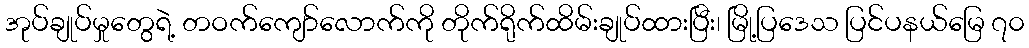
အုပ်ချုပ်မှုတွေရဲ့ တဝက်ကျော်လောက်ကို တိုက်ရိုက်ထိမ်းချုပ်ထားပြီး၊ မြို့ပြဒေသ ပြင်ပနယ်မြေ ၇၀